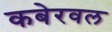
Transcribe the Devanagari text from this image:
कबेरवल